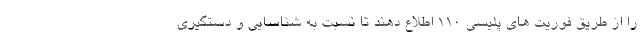
را از طریق فوریت های پلیسی ۱۱۰ اطلاع دهند تا نسبت به شناسایی و دستگیری